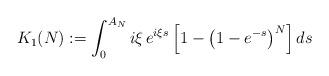
LaTeX: \begin{align*}K_1(N) := \int_0^{A_N} i \xi \, e^{i \xi s} \left[1 - \left(1 - e^{- s} \right)^N\right] ds\end{align*}